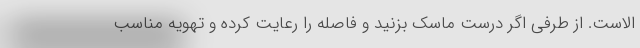
الاست. از طرفی اگر درست ماسک بزنید و فاصله را رعایت کرده و تهویه مناسب